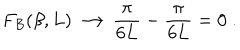
LaTeX: F _ { B } ( \beta , L ) \longrightarrow \frac { \pi } { 6 L } - \frac { \pi } { 6 L } = 0 \; .